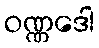
ဝဏ္ဏဒေါ